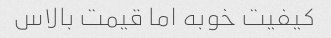
کیفیت خوبه اما قیمت بالاس